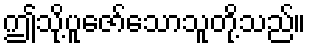
ဤသို့ပူဇော်သောသူတို့သည်။